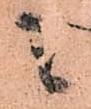
之